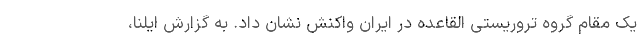
یک مقام گروه تروریستی القاعده در ایران واکنش نشان داد. به گزارش ایلنا،